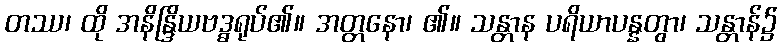
တဿ၊ ထို အနိန္ဒြိယဗဒ္ဓရုပ်၏။ အတ္တနော၊ ၏။ သန္တာန ပရိယာပန္နတွာ၊ သန္တာန်၌